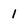
Character: 1